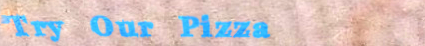
Try Our Pizza